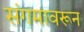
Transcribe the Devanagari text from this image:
संगमावरून